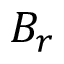
B _ { r }